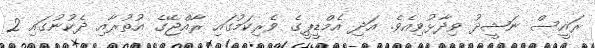
ރައީސް ނަޝީދު ވިދާޅުވިއެވެ. އަދި އެމްޑީޕީގެ ވެރިކަމުގައި ރާއްޖޭގެ އުތުރާއި ދެކުނުގައި 2